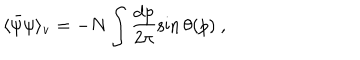
\langle \bar { \psi } \psi \rangle _ { \mathrm { v } } = - N \int \frac { \mathrm { d } p } { 2 \pi } \sin \theta ( p ) \ ,